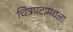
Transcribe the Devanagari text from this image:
चित्रपटामधला